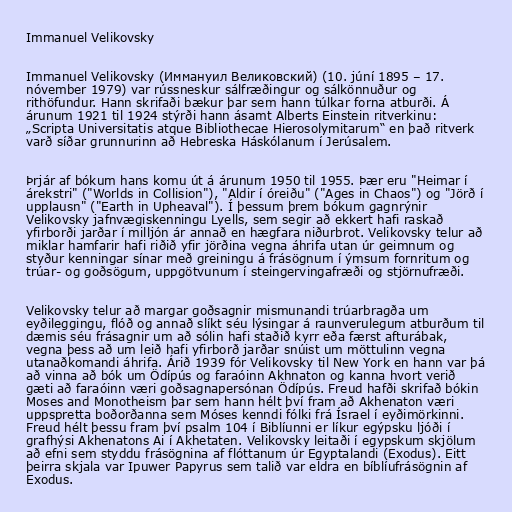
Immanuel Velikovsky

Immanuel Velikovsky (Иммануил Великовский) (10. júní 1895 – 17.
nóvember 1979) var rússneskur sálfræðingur og sálkönnuður og
rithöfundur. Hann skrifaði bækur þar sem hann túlkar forna atburði. Á
árunum 1921 til 1924 stýrði hann ásamt Alberts Einstein ritverkinu:
„Scripta Universitatis atque Bibliothecae Hierosolymitarum“ en það ritverk
varð síðar grunnurinn að Hebreska Háskólanum í Jerúsalem.

Þrjár af bókum hans komu út á árunum 1950 til 1955. Þær eru "Heimar í
árekstri" ("Worlds in Collision"), "Aldir í óreiðu" ("Ages in Chaos") og "Jörð í
upplausn" ("Earth in Upheaval"). Í þessum þrem bókum gagnrýnir
Velikovsky jafnvægiskenningu Lyells, sem segir að ekkert hafi raskað
yfirborði jarðar í milljón ár annað en hægfara niðurbrot. Velikovsky telur að
miklar hamfarir hafi riðið yfir jörðina vegna áhrifa utan úr geimnum og
styður kenningar sínar með greiningu á frásögnum í ýmsum fornritum og
trúar- og goðsögum, uppgötvunum í steingervingafræði og stjörnufræði.

Velikovsky telur að margar goðsagnir mismunandi trúarbragða um
eyðileggingu, flóð og annað slíkt séu lýsingar á raunverulegum atburðum til
dæmis séu frásagnir um að sólin hafi staðið kyrr eða færst afturábak,
vegna þess að um leið hafi yfirborð jarðar snúist um möttulinn vegna
utanaðkomandi áhrifa. Árið 1939 fór Velikovsky til New York en hann var þá
að vinna að bók um Ödípús og faraóinn Akhnaton og kanna hvort verið
gæti að faraóinn væri goðsagnapersónan Ödípús. Freud hafði skrifað bókin
Moses and Monotheism þar sem hann hélt því fram að Akhenaton væri
uppspretta boðorðanna sem Móses kenndi fólki frá Ísrael í eyðimörkinni.
Freud hélt þessu fram því psalm 104 í Biblíunni er líkur egýpsku ljóði í
grafhýsi Akhenatons Ai í Akhetaten. Velikovsky leitaði í egypskum skjölum
að efni sem styddu frásögnina af flóttanum úr Egyptalandi (Exodus). Eitt
þeirra skjala var Ipuwer Papyrus sem talið var eldra en bíblíufrásögnin af
Exodus.